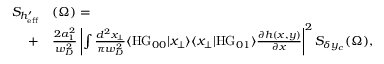
\begin{array} { r l } { S _ { h _ { \mathrm { e f f } } ^ { \prime } } } & { { } ( \Omega ) = } \\ { + } & { { } \frac { 2 a _ { 1 } ^ { 2 } } { w _ { D } ^ { 2 } } \left| \int \frac { d ^ { 2 } x _ { \perp } } { \pi w _ { D } ^ { 2 } } \langle \mathrm { H G } _ { 0 0 } | x _ { \perp } \rangle \langle x _ { \perp } | \mathrm { H G } _ { 0 1 } \rangle \frac { \partial h ( x , y ) } { \partial x } \right| ^ { 2 } S _ { \delta y _ { c } } ( \Omega ) , } \end{array}